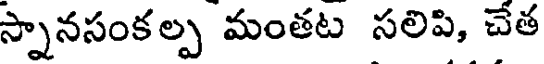
స్నానసంకల్ప మంతట సలిపి, చేత